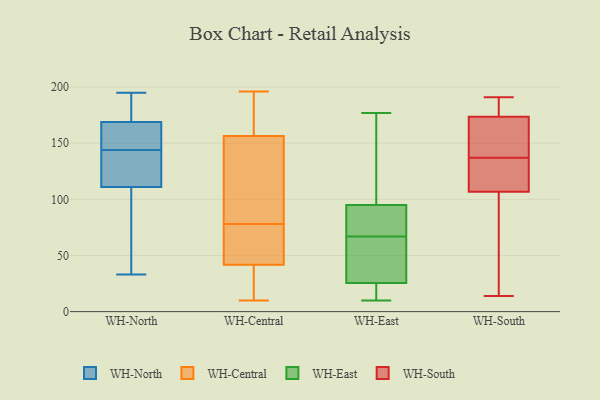
{"axis": {"x": "Temperature (°C)", "y": "Value"}, "legend": ["WH-Central", "WH-East", "WH-North", "WH-South"], "data": [{"x": "", "y": 154, "type": "WH-North"}, {"x": "", "y": 111, "type": "WH-North"}, {"x": "", "y": 185, "type": "WH-North"}, {"x": "", "y": 120, "type": "WH-North"}, {"x": "", "y": 92, "type": "WH-North"}, {"x": "", "y": 33, "type": "WH-North"}, {"x": "", "y": 169, "type": "WH-North"}, {"x": "", "y": 110, "type": "WH-North"}, {"x": "", "y": 168, "type": "WH-North"}, {"x": "", "y": 170, "type": "WH-North"}, {"x": "", "y": 71, "type": "WH-North"}, {"x": "", "y": 177, "type": "WH-North"}, {"x": "", "y": 125, "type": "WH-North"}, {"x": "", "y": 154, "type": "WH-North"}, {"x": "", "y": 116, "type": "WH-North"}, {"x": "", "y": 134, "type": "WH-North"}, {"x": "", "y": 195, "type": "WH-North"}, {"x": "", "y": 155, "type": "WH-North"}, {"x": "", "y": 20, "type": "WH-Central"}, {"x": "", "y": 82, "type": "WH-Central"}, {"x": "", "y": 164, "type": "WH-Central"}, {"x": "", "y": 172, "type": "WH-Central"}, {"x": "", "y": 134, "type": "WH-Central"}, {"x": "", "y": 196, "type": "WH-Central"}, {"x": "", "y": 194, "type": "WH-Central"}, {"x": "", "y": 21, "type": "WH-Central"}, {"x": "", "y": 126, "type": "WH-Central"}, {"x": "", "y": 39, "type": "WH-Central"}, {"x": "", "y": 78, "type": "WH-Central"}, {"x": "", "y": 50, "type": "WH-Central"}, {"x": "", "y": 55, "type": "WH-Central"}, {"x": "", "y": 10, "type": "WH-Central"}, {"x": "", "y": 65, "type": "WH-Central"}, {"x": "", "y": 72, "type": "WH-East"}, {"x": "", "y": 118, "type": "WH-East"}, {"x": "", "y": 33, "type": "WH-East"}, {"x": "", "y": 67, "type": "WH-East"}, {"x": "", "y": 92, "type": "WH-East"}, {"x": "", "y": 96, "type": "WH-East"}, {"x": "", "y": 177, "type": "WH-East"}, {"x": "", "y": 23, "type": "WH-East"}, {"x": "", "y": 41, "type": "WH-East"}, {"x": "", "y": 23, "type": "WH-East"}, {"x": "", "y": 10, "type": "WH-East"}, {"x": "", "y": 102, "type": "WH-South"}, {"x": "", "y": 121, "type": "WH-South"}, {"x": "", "y": 174, "type": "WH-South"}, {"x": "", "y": 155, "type": "WH-South"}, {"x": "", "y": 169, "type": "WH-South"}, {"x": "", "y": 132, "type": "WH-South"}, {"x": "", "y": 137, "type": "WH-South"}, {"x": "", "y": 123, "type": "WH-South"}, {"x": "", "y": 29, "type": "WH-South"}, {"x": "", "y": 176, "type": "WH-South"}, {"x": "", "y": 83, "type": "WH-South"}, {"x": "", "y": 14, "type": "WH-South"}, {"x": "", "y": 191, "type": "WH-South"}, {"x": "", "y": 175, "type": "WH-South"}, {"x": "", "y": 172, "type": "WH-South"}, {"x": "", "y": 161, "type": "WH-South"}, {"x": "", "y": 174, "type": "WH-South"}, {"x": "", "y": 129, "type": "WH-South"}, {"x": "", "y": 84, "type": "WH-South"}]}